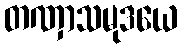
တဏှာသမုဒယေ